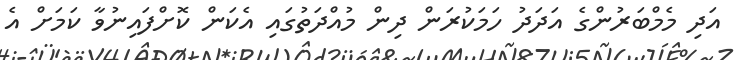
އަދި މެމްބަރުންގެ އަދަދު ހަމަކުރަން ދިން މުއްދަތުގައި އެކަން ކޮށްފައިނުވާ ކަމަށް އެ